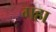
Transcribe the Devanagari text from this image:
गहा